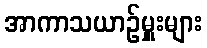
အာကာသယာဉ်မှူးများ